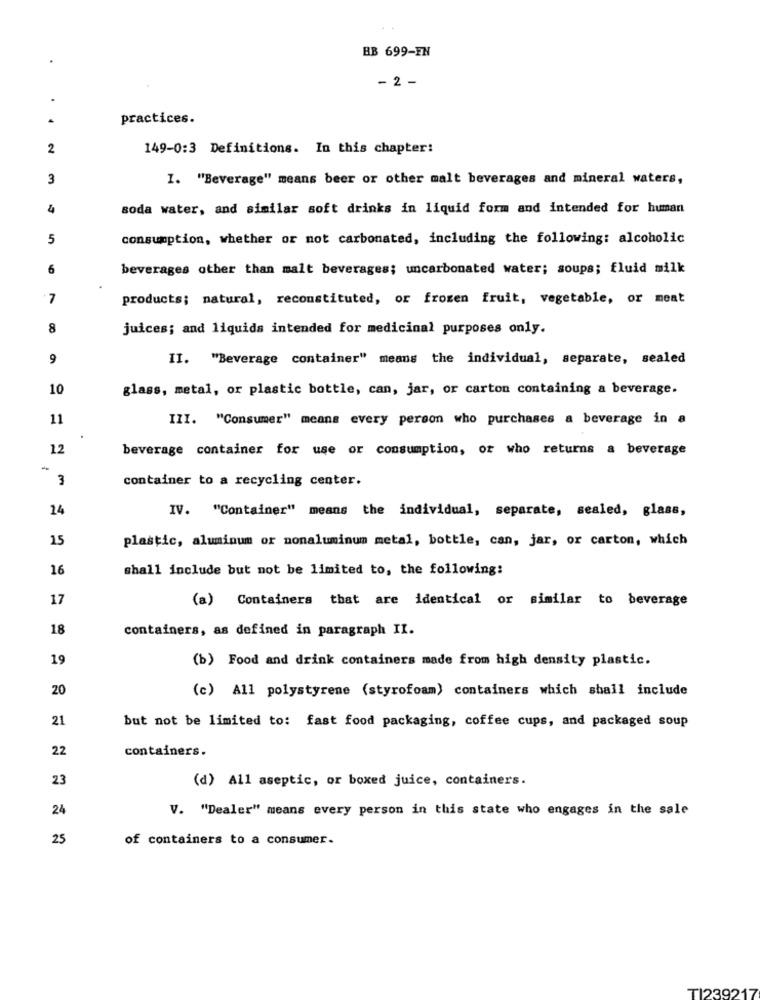
BB 699-EN
- 2 -
practices.
2
149-0:3 Definitions. In this chapter!
3
I. "Beverage" means beer or other malt beverages and mineral waters,
4
soda water, and similar soft drinks in liquid form and intended for human
5
consumption, whether or not carbonated, including the following: alcoholic
6
beverages other than malt beverages; uncarbonated water; soups; fluid milk
7
products; natural, reconstituted, or frozen fruit, vegetable, or meat
8
juices; and liquids intended for medicinal purposes only.
9
II. "Beverage container" means the individual, separate, sealed
10
glass, metal, or plastic bottle, can, jar, or carton containing a beverage.
11
III. "Consumer" means every person who purchases a beverage in a
12
beverage container for use or consumption, or who returns a beverage
3
container to a recycling center.
24
IV. "Container" means the individual, separate, sealed, glass,
15
plastic, aluminum or nonaluminum metal, bottle, can, jar, or carton, which
16
shall include but not be limited to, the following:
17
(a) Containers that are identical or similar to beverage
18
containers, as defined in paragraph II.
19
(b) Food and drink containers made from high density plastic.
20
(c) All polystyrene (styrofoam) containers which shall include
21
but not be limited to: fast food packaging, coffee cups, and packaged soup
22
containers.
23
(d) All aseptic, or boxed juice, containers.
24
V. "Dealer" means every person in this state who engages in the sale
25
of containers to a consumer.
TI239217